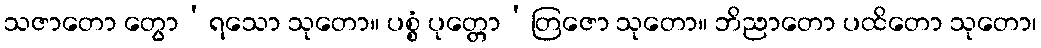
သဇာတော တွော’ရသော သုတော။ ပစ္စံ ပုတ္တော’တြဇော သုတော။ ဘိညာတော ပထိတော သုတော၊